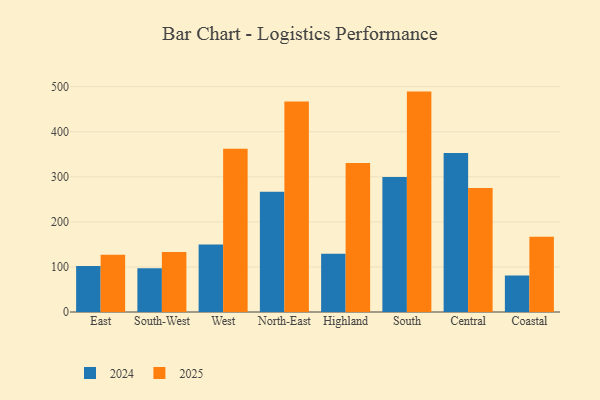
{"axis": {"x": "Region", "y": "Production Output"}, "legend": ["2024", "2025"], "data": [{"x": "East", "y": 127.2, "type": "2025"}, {"x": "East", "y": 102.0, "type": "2024"}, {"x": "South-West", "y": 133.1, "type": "2025"}, {"x": "South-West", "y": 97.1, "type": "2024"}, {"x": "West", "y": 362.0, "type": "2025"}, {"x": "West", "y": 149.5, "type": "2024"}, {"x": "North-East", "y": 466.9, "type": "2025"}, {"x": "North-East", "y": 266.6, "type": "2024"}, {"x": "Highland", "y": 330.7, "type": "2025"}, {"x": "Highland", "y": 129.4, "type": "2024"}, {"x": "South", "y": 489.0, "type": "2025"}, {"x": "South", "y": 299.8, "type": "2024"}, {"x": "Central", "y": 275.3, "type": "2025"}, {"x": "Central", "y": 352.5, "type": "2024"}, {"x": "Coastal", "y": 167.2, "type": "2025"}, {"x": "Coastal", "y": 80.8, "type": "2024"}]}